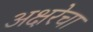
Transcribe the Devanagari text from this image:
अक्षरेचा